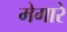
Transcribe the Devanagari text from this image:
मेगारे